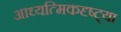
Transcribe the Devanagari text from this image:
आध्यत्मिकदृष्ट्या